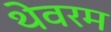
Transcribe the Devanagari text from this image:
थेवरम